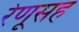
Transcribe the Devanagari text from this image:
रेणूसह